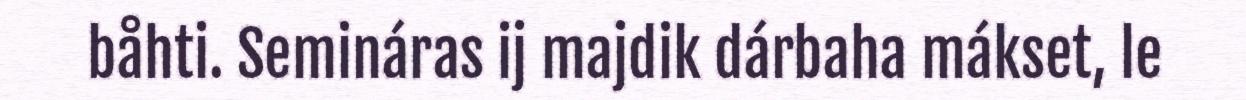
båhti. Semináras ij majdik dárbaha mákset, le